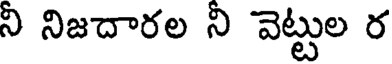
ని నిజదారల ని వెట్టుల ర